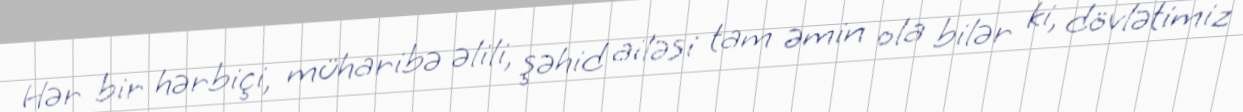
Hər bir hərbiçi, müharibə əlili, şəhid ailəsi tam əmin ola bilər ki, dövlətimiz